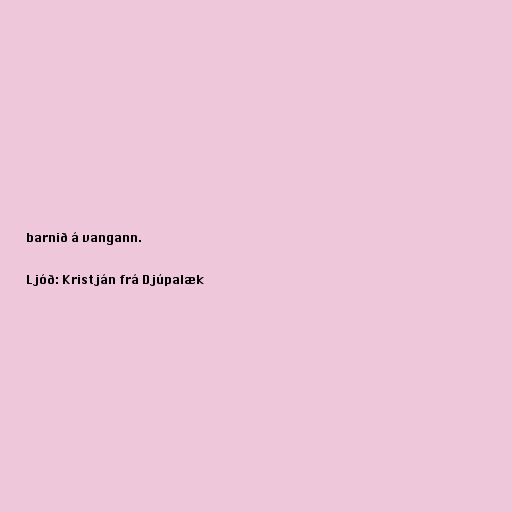
barnið á vangann.

Ljóð: Kristján frá Djúpalæk